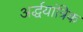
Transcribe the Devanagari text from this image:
अर्द्धयांत्रिक